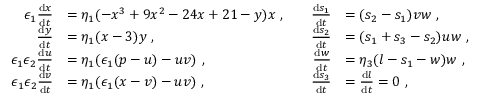
\begin{array} { r l r l } { \epsilon _ { 1 } \frac { \mathrm { d } x } { \mathrm { d } t } } & { = \eta _ { 1 } ( - x ^ { 3 } + 9 x ^ { 2 } - 2 4 x + 2 1 - y ) x \ , \ \ \ } & { \frac { \mathrm { d } s _ { 1 } } { \mathrm { d } t } } & { = ( s _ { 2 } - s _ { 1 } ) v w \ , } \\ { \frac { \mathrm { d } y } { \mathrm { d } t } } & { = \eta _ { 1 } ( x - 3 ) y \ , } & { \frac { \mathrm { d } s _ { 2 } } { \mathrm { d } t } } & { = ( s _ { 1 } + s _ { 3 } - s _ { 2 } ) u w \ , } \\ { \epsilon _ { 1 } \epsilon _ { 2 } \frac { \mathrm { d } u } { \mathrm { d } t } } & { = \eta _ { 1 } ( \epsilon _ { 1 } ( p - u ) - u v ) \ , } & { \frac { \mathrm { d } w } { \mathrm { d } t } } & { = \eta _ { 3 } ( l - s _ { 1 } - w ) w \ , } \\ { \epsilon _ { 1 } \epsilon _ { 2 } \frac { \mathrm { d } v } { \mathrm { d } t } } & { = \eta _ { 1 } ( \epsilon _ { 1 } ( x - v ) - u v ) \ , } & { \frac { \mathrm { d } s _ { 3 } } { \mathrm { d } t } } & { = \frac { \mathrm { d } l } { \mathrm { d } t } = 0 \ , } \end{array}